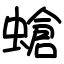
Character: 螥